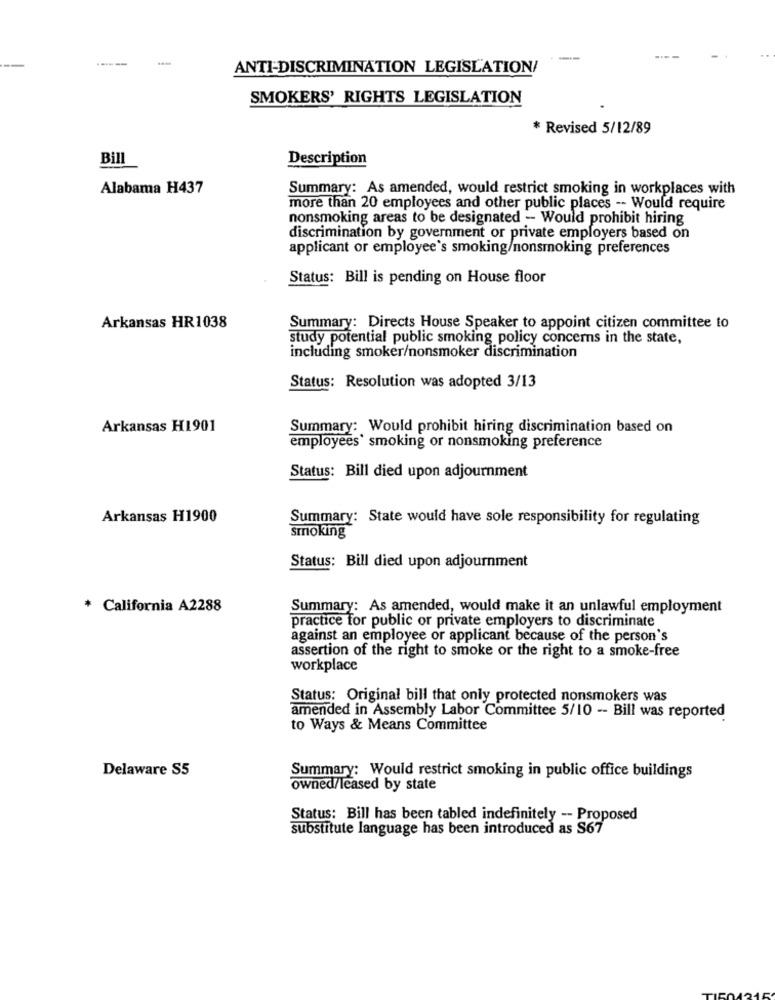
------
-
ANTI-DISCRIMINATION LEGISLATION/
SMOKERS' RIGHTS LEGISLATION
* Revised 5/12/89
Bill
Description
Alabama H437
Summary: As amended, would restrict smoking in workplaces with
more than 20 employees and other public places -- Would require
nonsmoking areas to be designated - Would prohibit hiring
discrimination by government or private employers based on
applicant or employee's smoking/nonsmoking preferences
Status: Bill is pending on House floor
Arkansas HR1038
Summary: Directs House Speaker to appoint citizen committee to
study potential public smoking policy concerns in the state,
including smoker/nonsmoker discrimination
Status: Resolution was adopted 3/13
Arkansas H1901
Summary: Would prohibit hiring discrimination based on
employees` smoking or nonsmoking preference
Status: Bill died upon adjournment
Arkansas H1900
Summary: State would have sole responsibility for regulating
smoking
Status: Bill died upon adjournment
* California A2288
Summary: As amended, would make it an unlawful employment
practice for public or private employers to discriminate
against an employee or applicant because of the person's
assertion of the right to smoke or the right to a smoke-free
workplace
Status: Original bill that only protected nonsmokers was
amended in Assembly Labor Committee 5/10 -- Bill was reported
to Ways & Means Committee
Delaware S5
Summary: Would restrict smoking in public office buildings
owned/leased by state
Status: Bill has been tabled indefinitely -- Proposed
substitute language has been introduced as S67